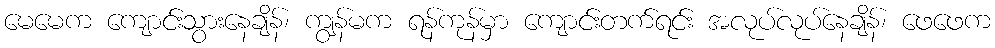
မေမေက ကျောင်းသွားနေချိန်၊ ကျွန်မက ရန်ကုန်မှာ ကျောင်းတက်ရင်း အလုပ်လုပ်နေချိန်၊ ဖေဖေက